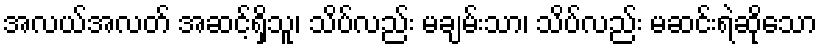
အလယ်အလတ် အဆင့်ရှိသူ၊ သိပ်လည်း မချမ်းသာ၊ သိပ်လည်း မဆင်းရဲဆိုသော